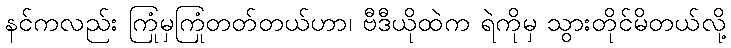
နင်ကလည်း ကြုံမှကြုံတတ်တယ်ဟာ၊ ဗီဒီယိုထဲက ရဲကိုမှ သွားတိုင်မိတယ်လို့